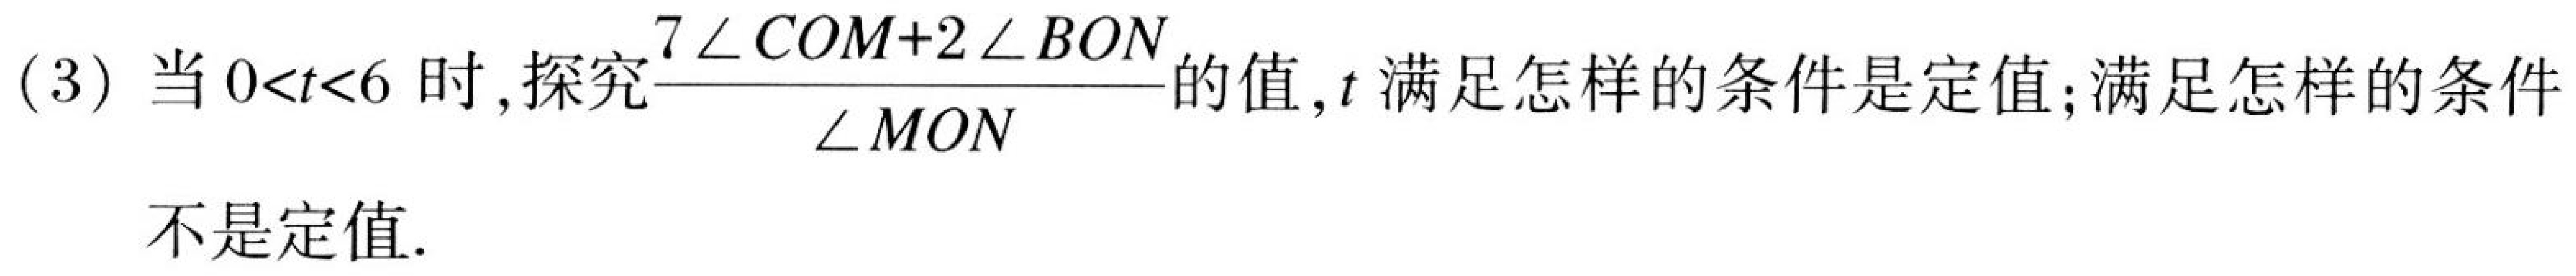
(3) 当 \(0<t<6\) 时，探究\(\dfrac{7\angle COM + 2\angle BON}{\angle MON}\)的值，\(t\) 满足怎样的条件是定值；满足怎样的条件
不是定值.